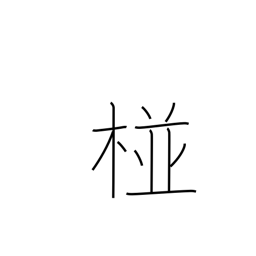
Meaning: name of a place in India